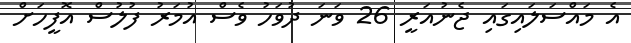
އެ މައްސަލައިގައި ޖެނުއަރީ 26 ވަނަ ދުވަހު ވެސް އުމަރު ފުލުސް އޮފީހަށް